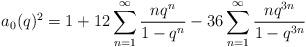
LaTeX: \begin{align*}a_0(q)^2=1+12\sum^{\infty}_{n=1}\frac{nq^n}{1-q^n}-36\sum^{\infty}_{n=1}\frac{nq^{3n}}{1-q^{3n}} \end{align*}